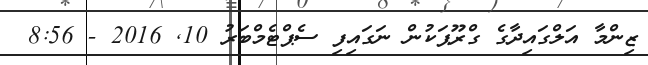
ޒިންމާ އަލްގައިދާގެ ގްރޫޕަކުން ނަގައިފި ސެޕްޓެމްބަރު 10